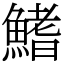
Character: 鰭